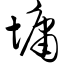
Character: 慵